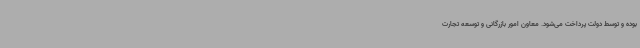
بوده و توسط دولت پرداخت می‌شود. معاون امور بازرگانی و توسعه تجارت